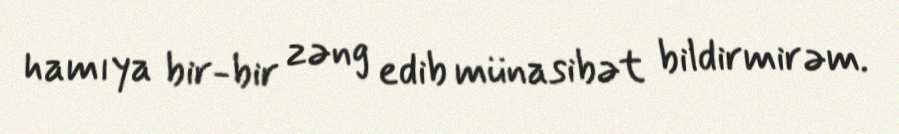
hamıya bir-bir zəng edib münasibət bildirmirəm.